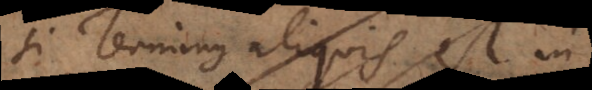
Si terminus aliquis est in